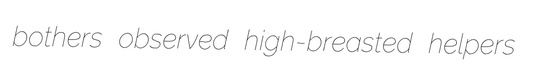
bothers observed high-breasted helpers